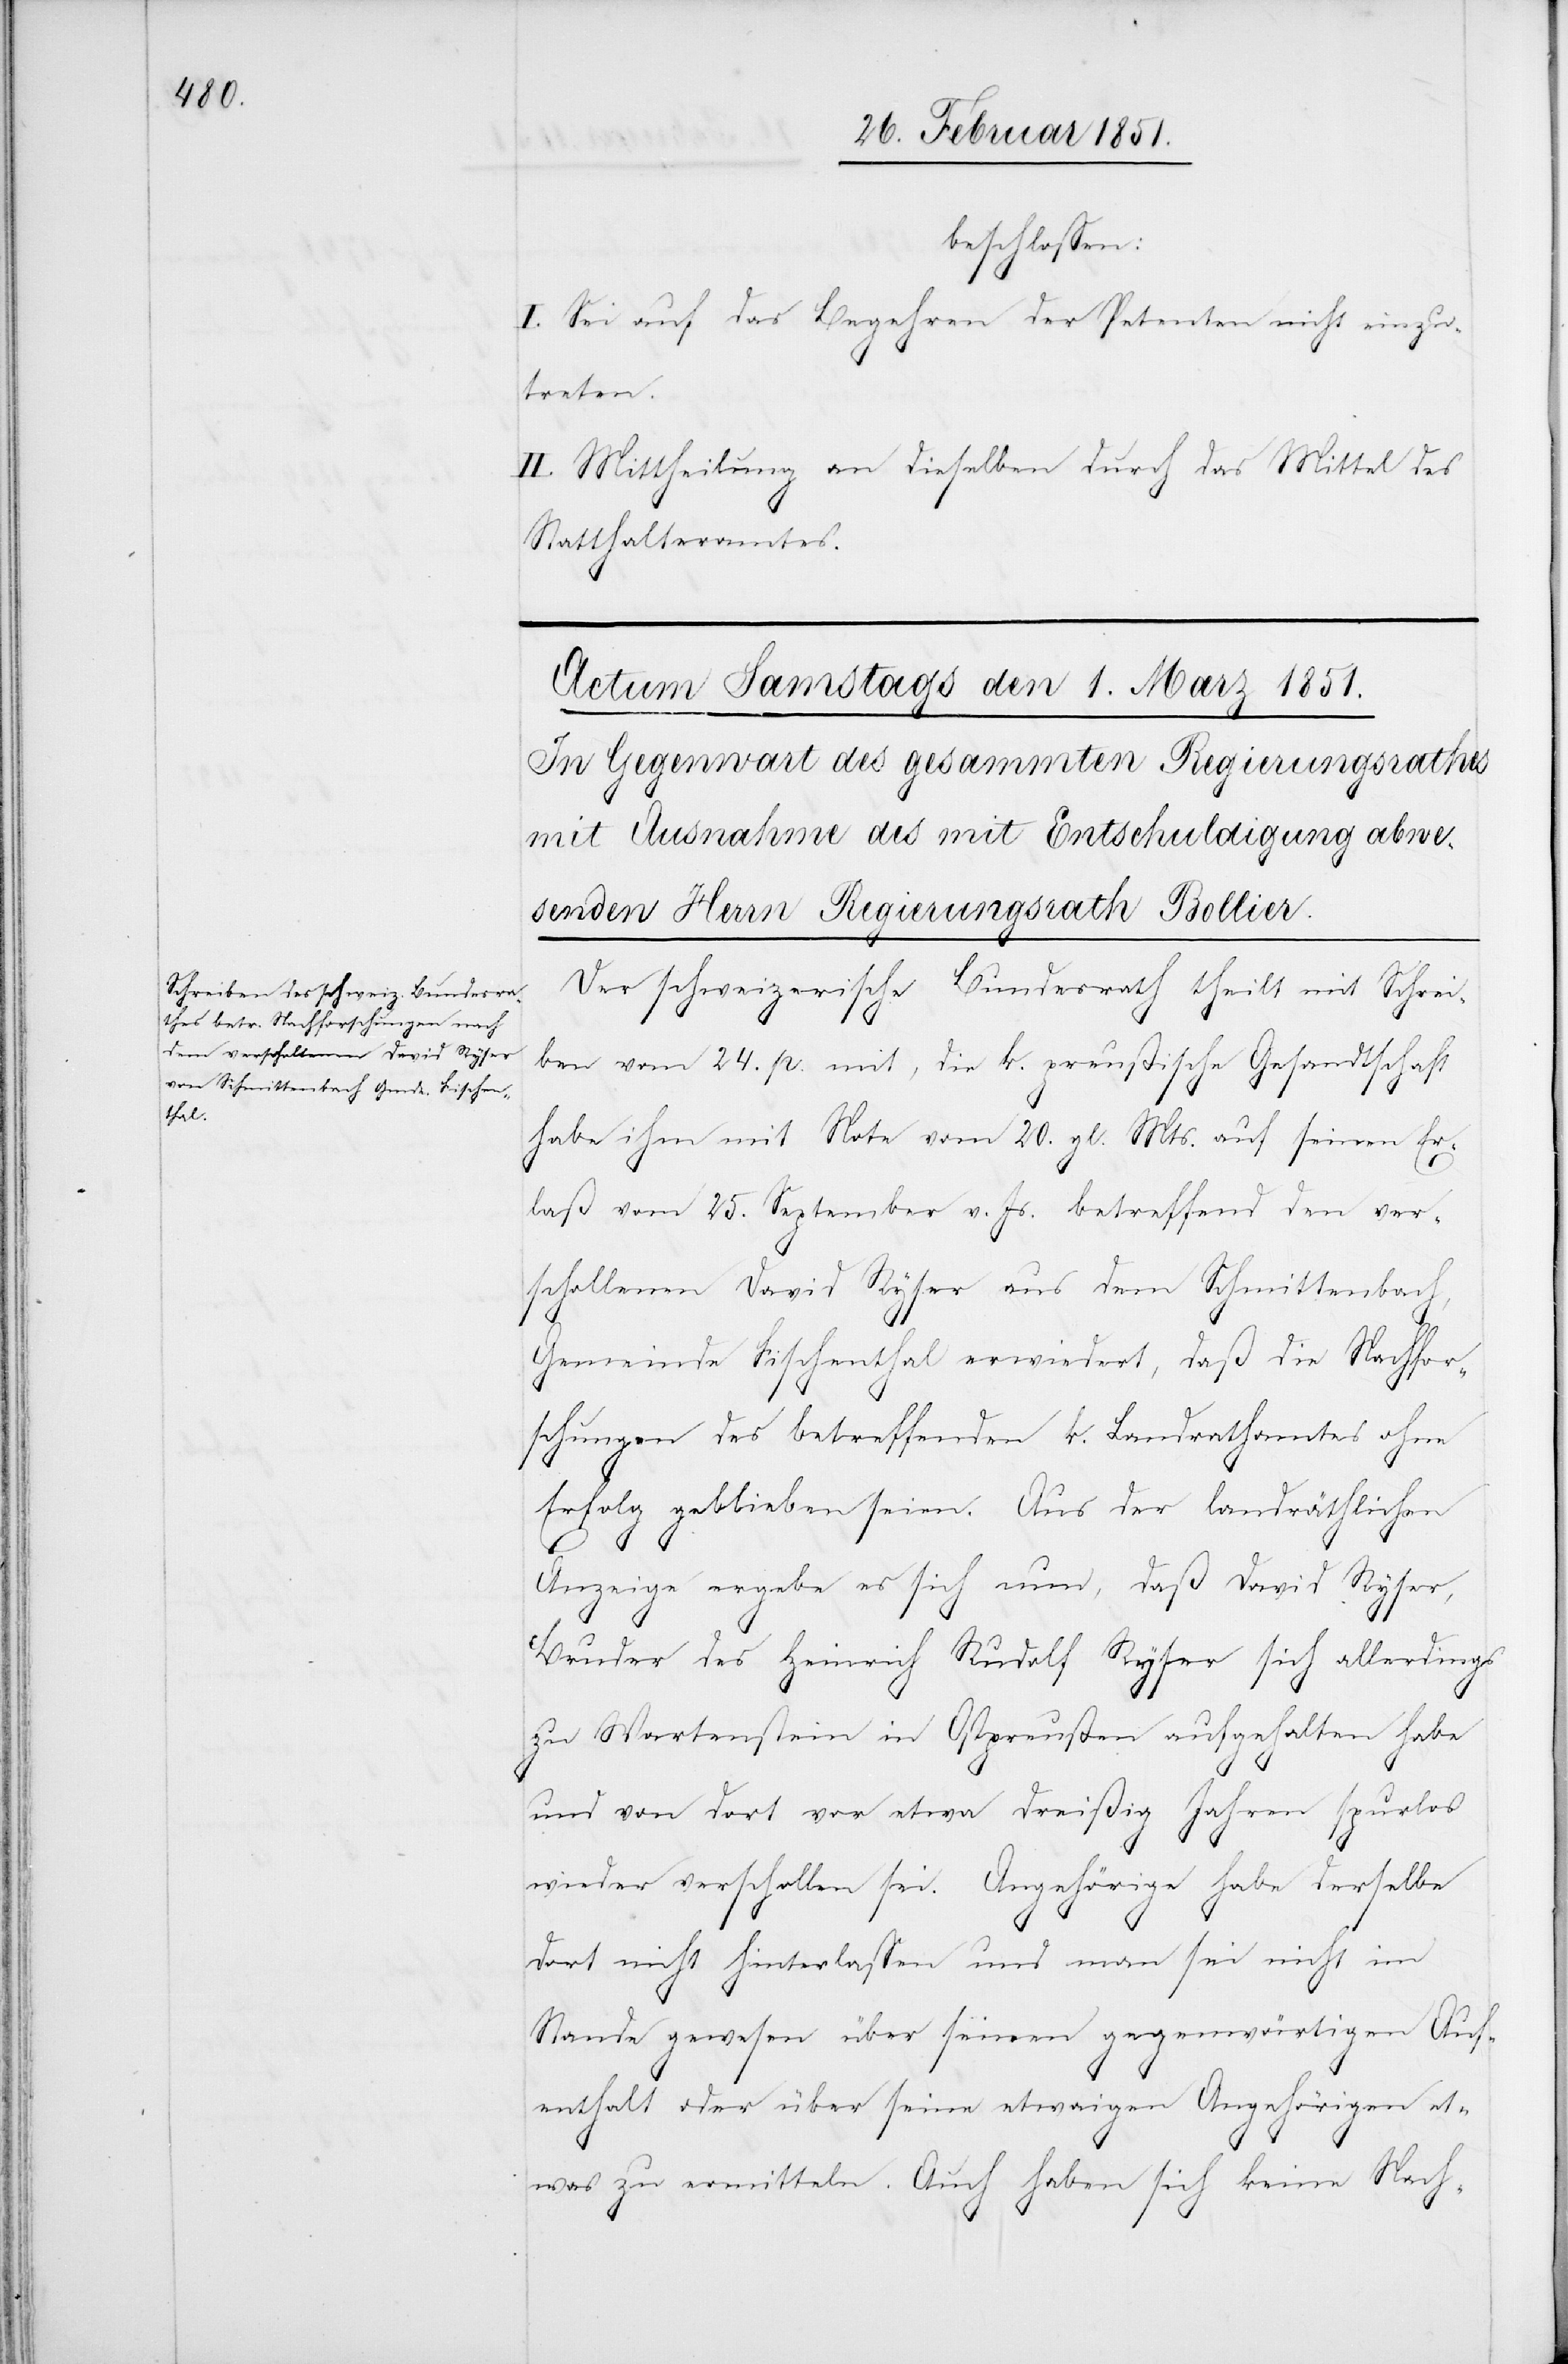
beschlossen:
I. Sei auf das Begehren der Petenten nicht einzu¬
treten.
II. Mittheilung an dieselben durch das Mittel des
Statthalteramtes.
Der schweizerische Bundesrath theilt mit Schrei¬
ben vom 24. p. mit, die k. preußische Gesandtschaft
habe ihm mit Note vom 20. gl. Mts. auf seinen Er¬
laß vom 25. September v. Js. betreffend den ver¬
schollenen David Ryser aus dem Schmittenbach,
Gemeinde Fischenthal erwiedert, daß die Nachfor¬
schungen des betreffenden k. Landrathamtes ohne
Erfolg geblieben seien. Aus der landräthlichen
Anzeige ergebe es sich nun, daß David Ryser,
Bruder des Heinrich Rudolf Ryser sich allerdings
zu Wartenstein in Ostpreußen aufgehalten habe
und von dort vor etwa dreißig Jahren spurlos
wieder verschollen sei. Angehörige habe derselbe
dort nicht hinterlassen und man sei nicht im
Stande gewesen über seinen gegenwärtigen Auf¬
enthalt oder über seine etwaigen Angehörigen et¬
was zu ermitteln. Auch haben sich keine Nach-